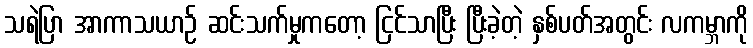
သရဲပြာ အာကာသယာဉ် ဆင်းသက်မှုကတော့ ငြင်သာပြီး ပြီးခဲ့တဲ့ နှစ်ပတ်အတွင်း လကမ္ဘာကို